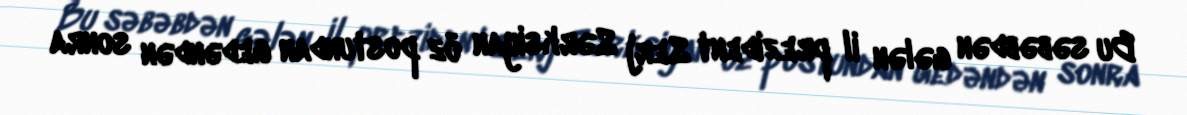
Bu səbəbdən gələn il prezident Serj Sərksiyan öz postundan gedəndən sonra